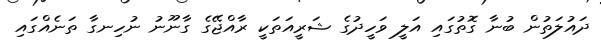
ދައުލަތުން ބުނާ ގޮތުގައި އަލީ ވަހީދުގެ ޝަރީއަތަކީ ރާއްޖޭގެ ގާނޫނު ނުހިނގާ ތަނެއްގައި